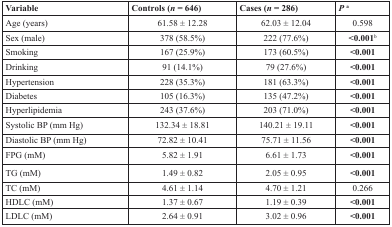
<table><thead><tr><td><b>Variable</b></td><td><b>Controls (<i>n</i> = 646)</b></td><td><b>Cases (<i>n</i> = 286)</b></td><td><b><i>P</i><sup>a</sup></b></td></tr></thead><tbody><tr><td>Age (years)</td><td>61.58 ± 12.28</td><td>62.03 ± 12.04</td><td>0.598</td></tr><tr><td>Sex (male)</td><td>378 (58.5%)</td><td>222 (77.6%)</td><td><b>&lt;0.001</b><sup>b</sup></td></tr><tr><td>Smoking</td><td>167 (25.9%)</td><td>173 (60.5%)</td><td><b>&lt;0.001</b></td></tr><tr><td>Drinking</td><td>91 (14.1%)</td><td>79 (27.6%)</td><td><b>&lt;0.001</b></td></tr><tr><td>Hypertension</td><td>228 (35.3%)</td><td>181 (63.3%)</td><td><b>&lt;0.001</b></td></tr><tr><td>Diabetes</td><td>105 (16.3%)</td><td>135 (47.2%)</td><td><b>&lt;0.001</b></td></tr><tr><td>Hyperlipidemia</td><td>243 (37.6%)</td><td>203 (71.0%)</td><td><b>&lt;0.001</b></td></tr><tr><td>Systolic BP (mm Hg)</td><td>132.34 ± 18.81</td><td>140.21 ± 19.11</td><td><b>&lt;0.001</b></td></tr><tr><td>Diastolic BP (mm Hg)</td><td>72.82 ± 10.41</td><td>75.71 ± 11.56</td><td><b>&lt;0.001</b></td></tr><tr><td>FPG (mM)</td><td>5.82 ± 1.91</td><td>6.61 ± 1.73</td><td><b>&lt;0.001</b></td></tr><tr><td>TG (mM)</td><td>1.49 ± 0.82</td><td>2.05 ± 0.95</td><td><b>&lt;0.001</b></td></tr><tr><td>TC (mM)</td><td>4.61 ± 1.14</td><td>4.70 ± 1.21</td><td>0.266</td></tr><tr><td>HDLC (mM)</td><td>1.37 ± 0.67</td><td>1.19 ± 0.39</td><td><b>&lt;0.001</b></td></tr><tr><td>LDLC (mM)</td><td>2.64 ± 0.91</td><td>3.02 ± 0.96</td><td><b>&lt;0.001</b></td></tr></tbody></table>